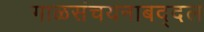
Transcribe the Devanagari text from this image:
गाळसंचयनाबद्दल